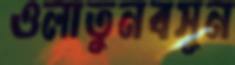
ওলাতুনবসুন